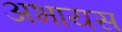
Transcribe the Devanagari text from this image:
अभायस